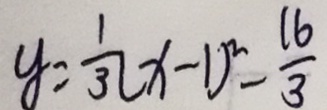
y = \frac { 1 } { 3 } ( x - 1 ) ^ { 2 } - \frac { 1 6 } { 3 }